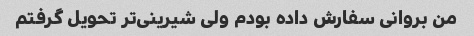
من بروانی سفارش داده بودم ولی شیرینی‌تر تحویل گرفتم